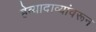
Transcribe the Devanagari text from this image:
हेव्यादाव्यांवरून